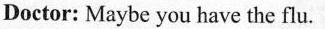
Doctor: Maybe you have the flu.